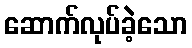
ဆောက်လုပ်ခဲ့သော